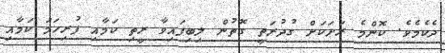
ދެކެމެވެ. ކޮންމެ ރަށަކަށް ގުދުރަތީ ގޮތުން ލިބިފައިވާ ރީތި ކަމާއި ފުރިހަމަ ކަމާއި